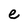
Character: e